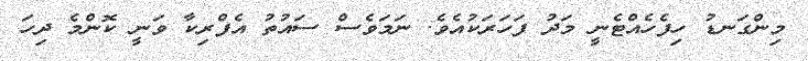
މިންގަނޑު ހިފެހެއްޓެނީ މަދު ފަހަރަކުއެވެ. ނަމަވެސް ސައުތު އެފްރިކާ ވަނީ ކޮންމެ ދިހަ